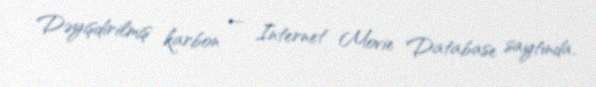
Dəyişdirilmiş karbon — Internet Movie Database saytında.